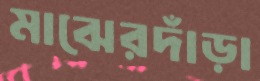
মাঝেরদাঁড়া